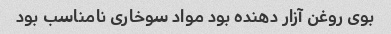
بوی روغن آزار دهنده بود مواد سوخاری نامناسب بود